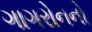
ગાગરોનનો